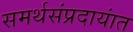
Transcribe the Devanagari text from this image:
समर्थसंप्रदायांत